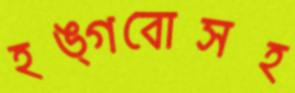
হঙ্গবোসহ